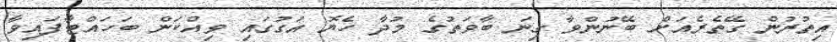
އިތުރުން ގޭތެރެއަށް ބޭނުންވާ ގިނަ ބާވަތުގެ މުދާ ހެޔޮ އަގުގައި ވިއްކަން ބަހައްޓާފައިވާ